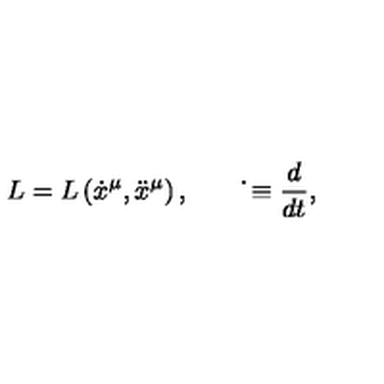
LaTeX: L = L \left( \dot { x } ^ { \mu } , \ddot { x } ^ { \mu } \right) , \qquad \dot { } \equiv \frac { d } { d t } ,